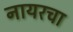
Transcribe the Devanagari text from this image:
नायरचा